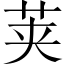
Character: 荚